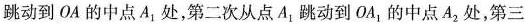
跳动到OA的中点A_{1}处，第二次从点A_{1}跳动到OA_{1}的中点A_{2}处，第三